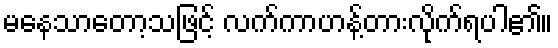
မနေသာတော့သဖြင့် လက်ကာဟန့်တားလိုက်ရပါ၏။